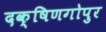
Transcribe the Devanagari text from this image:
दक्षिणगोपुर